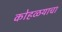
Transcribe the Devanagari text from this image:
कोहळयाचा